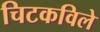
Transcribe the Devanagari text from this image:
चिटकविले